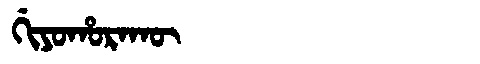
Manchu: ᡤᡳᠶᠣᡥᠣᡵᠠᡴᡡ
Romanization: GIYOHORAKŪ